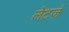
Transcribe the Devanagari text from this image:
लेटर्ज़